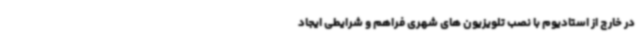
در خارج از استادیوم با نصب تلویزیون های شهری فراهم و شرایطی ایجاد